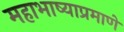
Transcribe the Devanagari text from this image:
महाभाष्याप्रमाणे